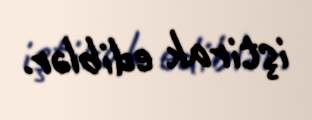
iştirak ediblər.